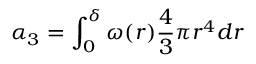
\alpha _ { 3 } = \int _ { 0 } ^ { \delta } \omega ( r ) \frac 4 3 \pi r ^ { 4 } d r